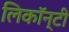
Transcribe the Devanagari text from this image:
लिकॉन्टी